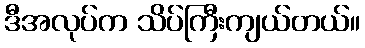
ဒီအလုပ်က သိပ်ကြီးကျယ်တယ်။